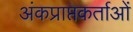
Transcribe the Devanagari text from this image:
अंकप्राप्तकर्ताओं